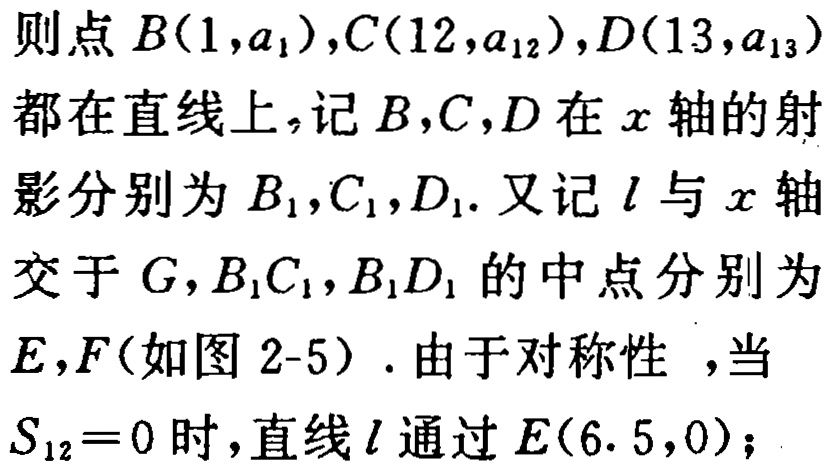
则点 \(B(1,a_{1}),C(12,a_{12}),D(13,a_{13})\)都在直线上，记\(B,C,D\)在\(x\)轴的射影分别为\(B_{1},C_{1},D_{1}\). 又记\(l\)与\(x\)轴交于\(G\)，\(B_{1}C_{1}\)，\(B_{1}D_{1}\)的中点分别为\(E,F\)(如图2-5). 由于对称性 ，当\(S_{12}=0\)时，直线\(l\)通过\(E(6.5,0)\)；